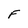
Character: F